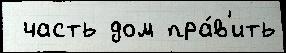
 часть дом пра́в'ить